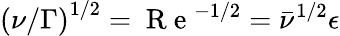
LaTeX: \left(\nu/\Gamma\right)^{1/2}=\mathrm{~R~e~}^{-1/2}=\bar{\nu}^{1/2}\epsilon